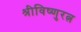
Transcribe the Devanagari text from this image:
श्रीविष्णुरत्न